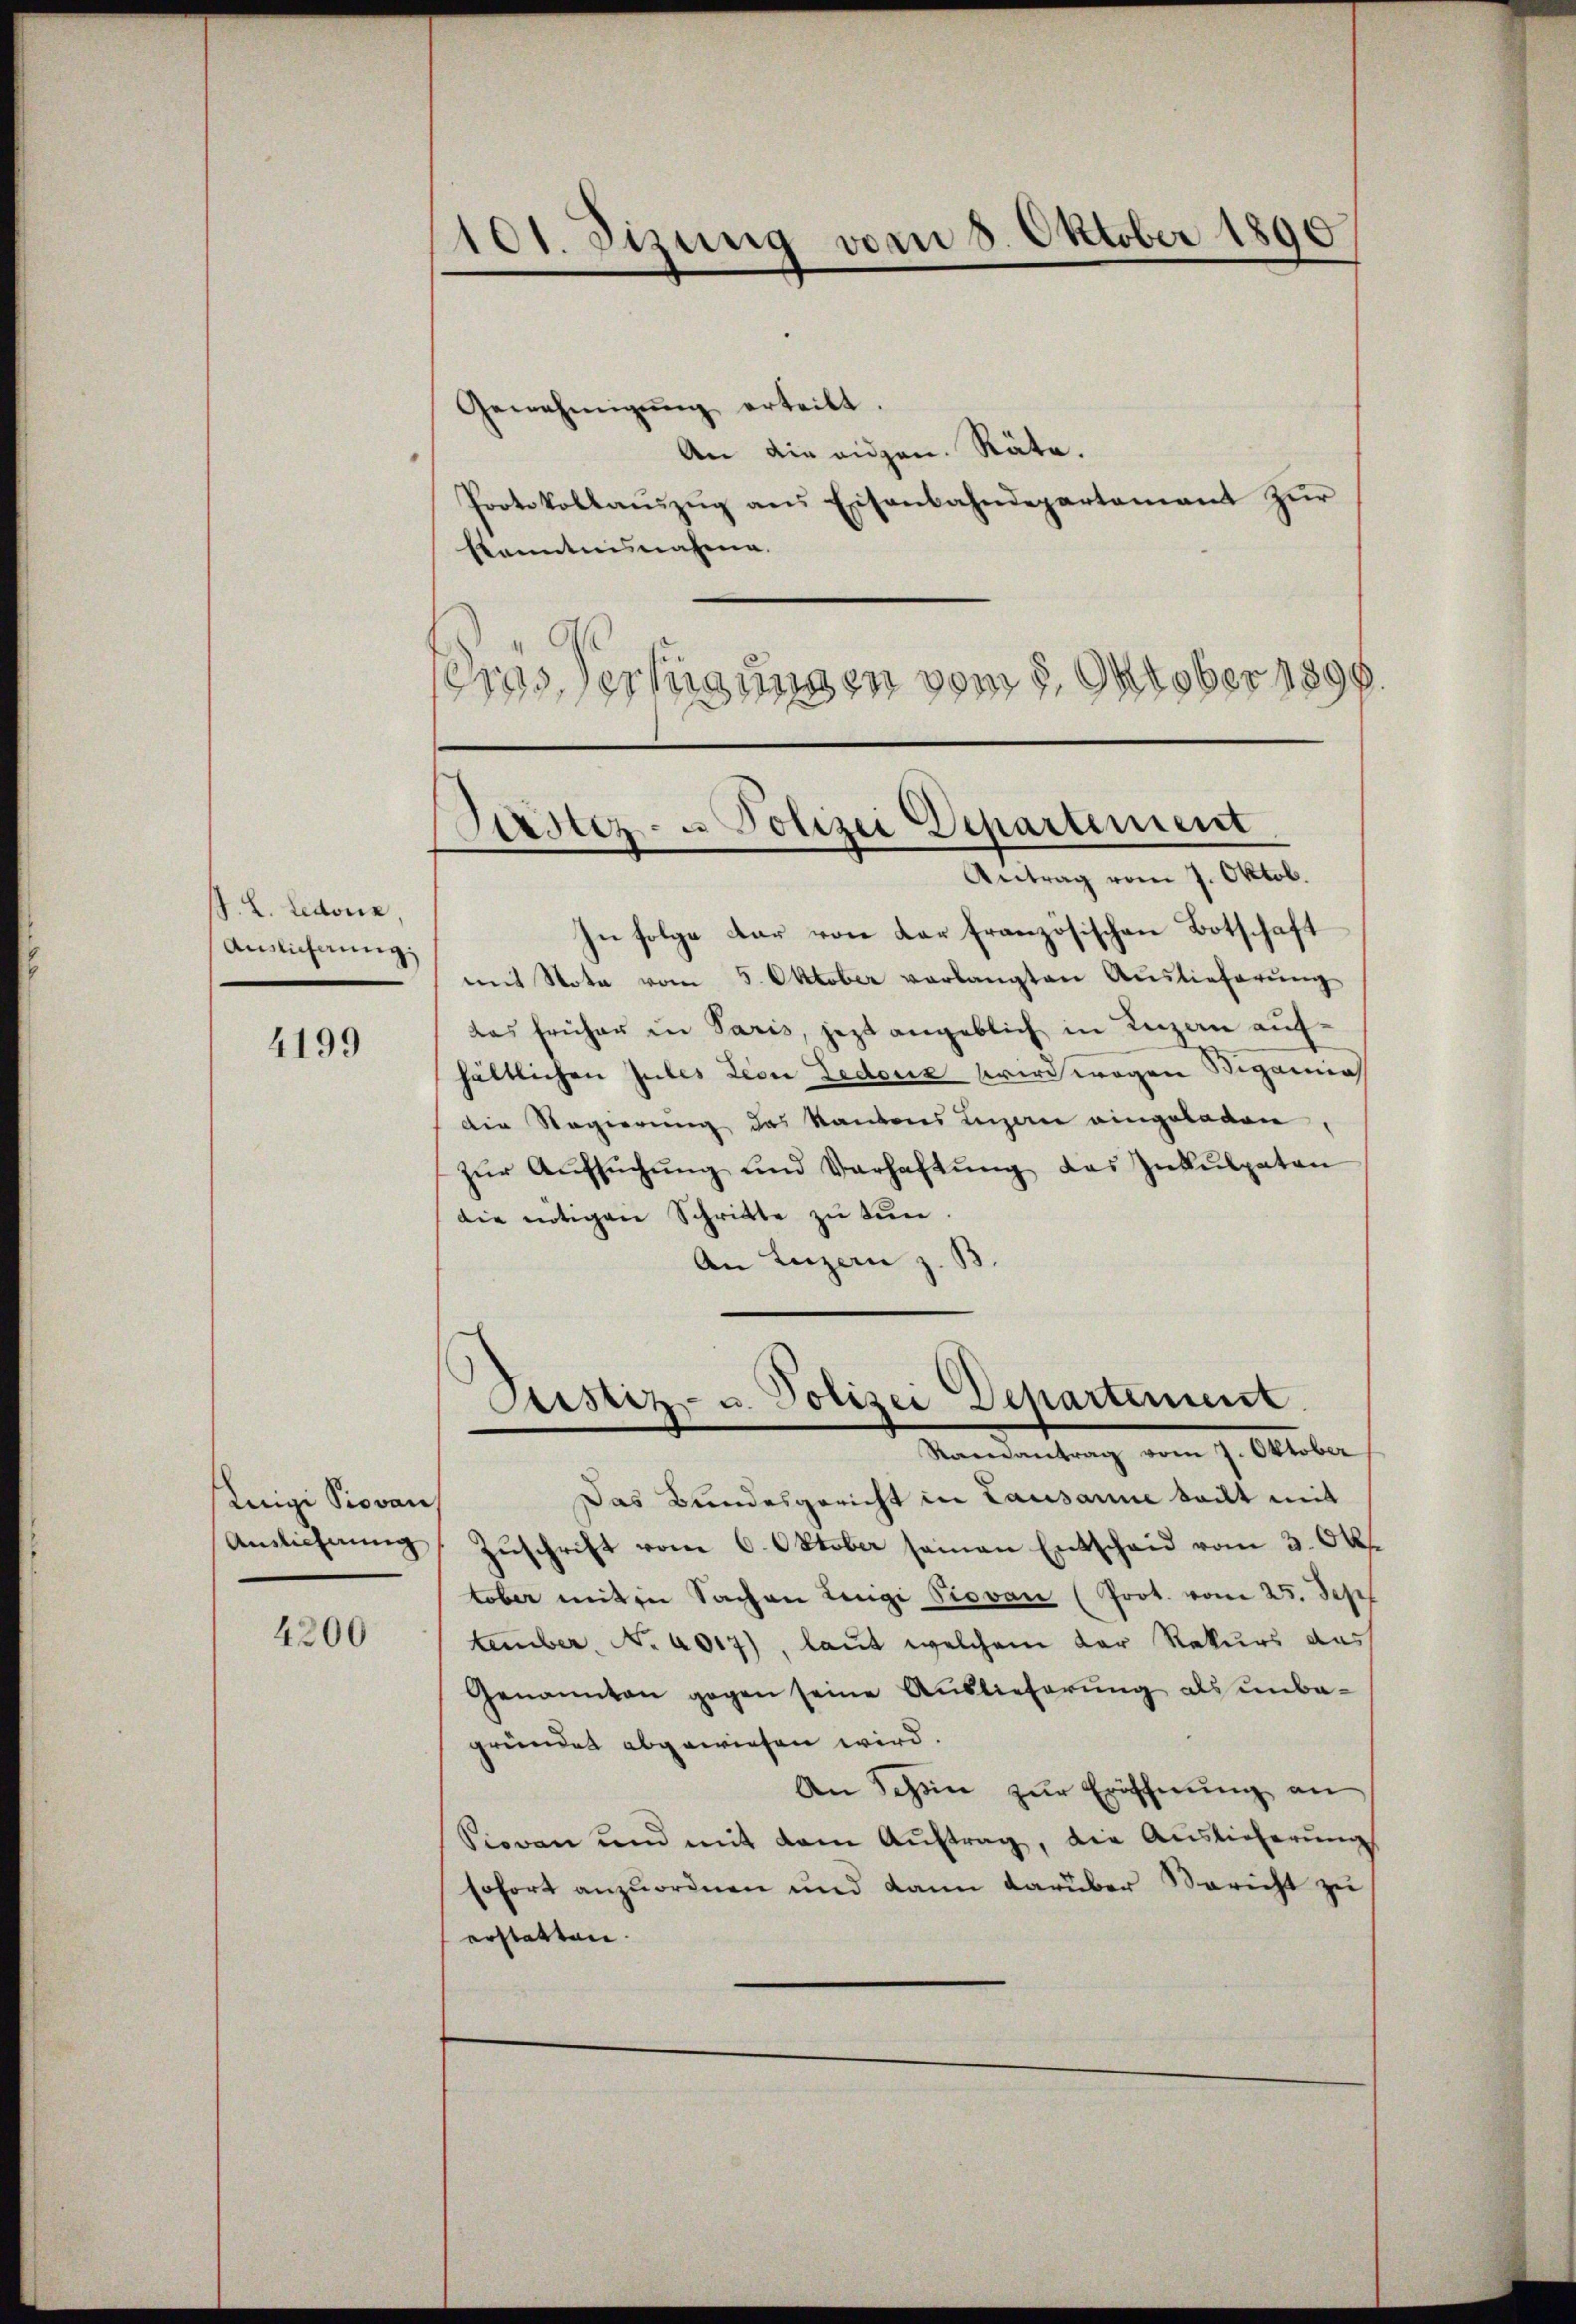
. L. Ledone,
Auslicherung:
)

4199

Luigi Piovan

4200

101. Sizung vom 8. Oktober 1890

Genehmigŭng erteilt.
An die eidgen. Räte.
Protokollaŭszŭg ans Eisenbahndepartament zŭr
kanntnisnahme.
dos erfügungen vom 5. Oktober 1890.

Krstiz- u Polizei Departement
Antrag vom 7. Oktob.

In folge dar von der französischen Botschaft
mit Nota vom 5. Oktober verlangten Auslieferŭng
das früher in Paris, jezt angeblich in Luzen aufhältlichen Jules Leon Zedonis wird wegen Stigamia
die Regierung des Kantons Luzerne eingeladen
zŭr Aŭfsŭchŭng und Verhaftŭng des Inkulpaten
die nötigen Schritte zu tun.
An Luzern z. B.

Sistiz- u. Polizei Departement.
Raisantrag vom 7. Oktober

Das Bundesgericht in Lausanne teilt mit
Anslichnŭng Zŭschrift vom 6. Oktober seinen Entschaid vom 3. Okt
tober mit in Sachen Luigi Piovan (Prot. vom 25. Sept
tember, No 4017), laut welchem der Rekurs das
Genannten gegen seine Auslieferung als unbegründet abgewiesen wird.
An Schön zur Eröffnung an
Piovan und mit dem Aŭftrag, die Auslieferungs
sofort anzuordnen und dann darüber Bericht zu
erstatten.